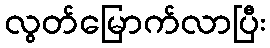
လွတ်မြောက်လာပြီး